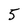
Character: 5